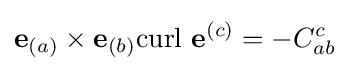
\mathbf {e} _{(a)}\times \mathbf {e} _{(b)}{\text{curl }}\mathbf {e} ^{(c)}=-C_{ab}^{c}